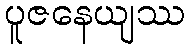
ပူဇနေယျဿ